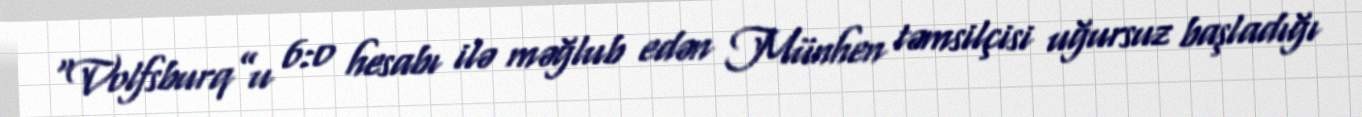
“Volfsburq”u 6:0 hesabı ilə məğlub edən Münhen təmsilçisi uğursuz başladığı